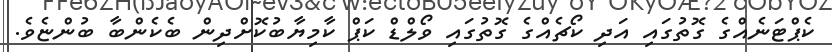
ކެޕްޓަނެއްގެ ގޮތުގައިި އަދި ކޯޗެއްގެ ގޮތުގައި ވޯލްޑް ކަޕް ކާމިޔާބުކޮށްދިން ބެކެންބާ ބުންޏެވެ.